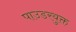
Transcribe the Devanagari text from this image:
पाउडरयुक्त